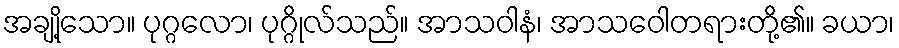
အချို့သော။ ပုဂ္ဂလော၊ ပုဂ္ဂိုလ်သည်။ အာသဝါနံ၊ အာသဝေါတရားတို့၏။ ခယာ၊